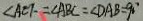
\angle A C F = \angle A B C = \angle D A B = 9 0 ^ { \circ }